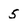
Character: 5